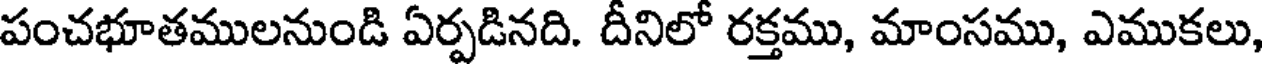
పంచభూతములనుండి ఏర్పడినది. దీనిలో రక్తము, మాంసము, ఎముకలు,